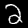
Digit: 2